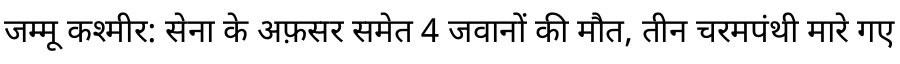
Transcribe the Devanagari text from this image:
जम्मू कश्मीर: सेना के अफ़सर समेत 4 जवानों की मौत, तीन चरमपंथी मारे गए